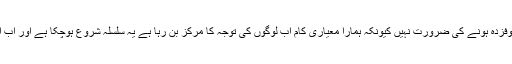
آمنہ الیاس کا کہنا تھا کہ ہمیں اس سے خوفزدہ ہونے کی ضرورت نہیں کیونکہ ہمارا معیاری کام اب لوگوں کی توجہ کا مرکز بن رہا ہے یہ سلسلہ شروع ہوچکا ہے اور اب اس کو روکنا کسی کے بس کی بات نہیں۔